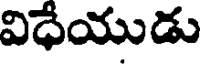
విధేయుడు